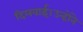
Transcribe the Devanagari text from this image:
दिलवाई।उन्होंने